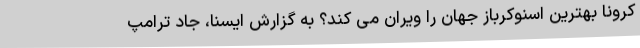
کرونا بهترین اسنوکرباز جهان را ویران می کند؟ به گزارش ایسنا، جاد ترامپ